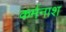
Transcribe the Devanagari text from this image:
कर्मनाश